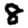
Digit: 8